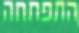
התפתחה